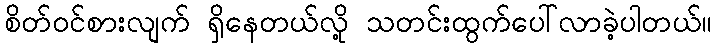
စိတ်ဝင်စားလျက် ရှိနေတယ်လို့ သတင်းထွက်ပေါ်လာခဲ့ပါတယ်။